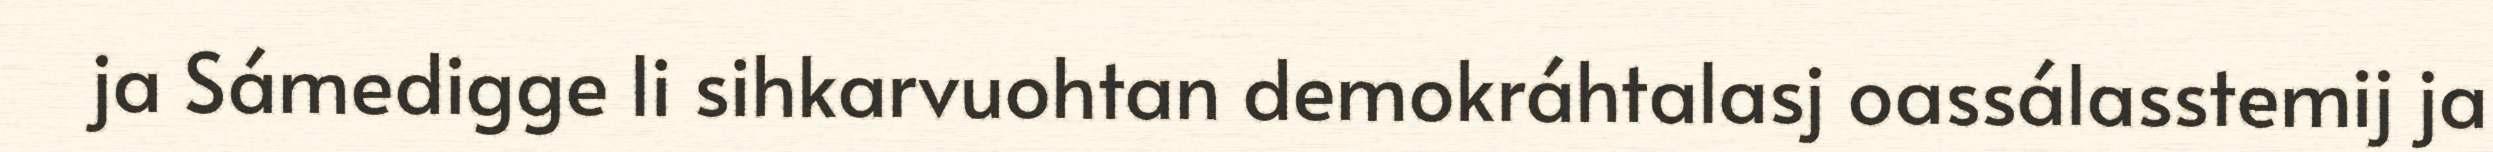
ja Sámedigge li sihkarvuohtan demokráhtalasj oassálasstemij ja